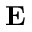
{ \bf E }